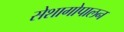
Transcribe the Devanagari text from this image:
सेशागोपालन